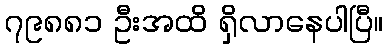
၇၉၈၈၁ ဦးအထိ ရှိလာနေပါပြီ။